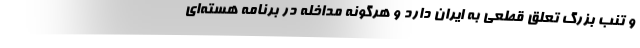
و تنب بزرگ تعلق قطعی به ایران دارد و هرگونه مداخله در برنامه هسته‌ای